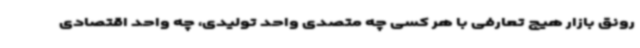
رونق بازار هیچ تعارفی با هر کسی چه متصدی واحد تولیدی، چه واحد اقتصادی